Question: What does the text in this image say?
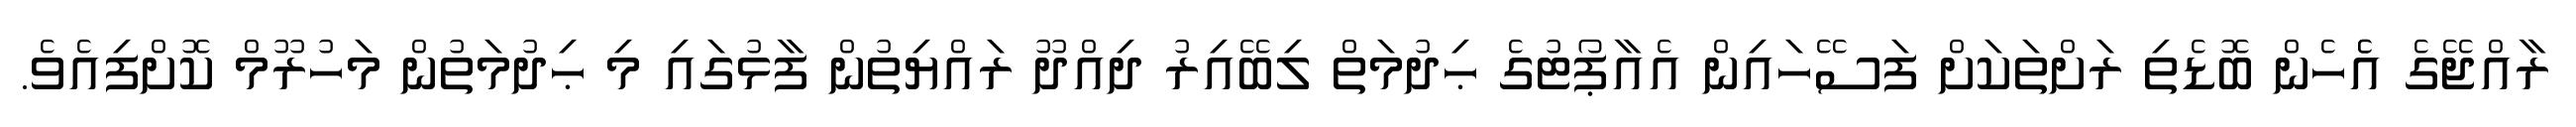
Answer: ރާއްޖޭގެ އެެހެން ބޮޑެތި ރަށްތަކަށް ފަސޭހައިން އެއާޕޯޓުގެ ޙިދުމަތް ލިބޭއިރު ދިއްދޫ ރައްޔިތުން ފާޅުގައި މި ޙިދުމަތުން މަހުރޫމް ކޮށްފިއެވެ.